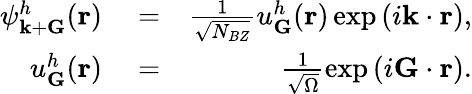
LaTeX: \begin{array}{rlr}{\psi_{{\mathbf k}+{\mathbf G}}^{h}({\mathbf r})}&{{}=}&{\frac{1}{\sqrt{N_{BZ}}}u_{{\mathbf G}}^{h}({\mathbf r})\exp\left(i{\mathbf k}\cdot{\mathbf r}\right),}\\ {u_{\mathbf G}^{h}({\mathbf r})}&{{}=}&{\frac{1}{\sqrt{\Omega}}\exp\left(i{\mathbf G}\cdot{\mathbf r}\right).}\end{array}